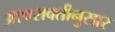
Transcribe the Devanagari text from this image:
अश्वशक्तीनुसार